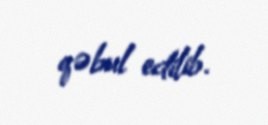
qəbul edilib.